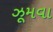
ઝૂમવા